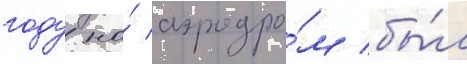
году на́ аэродро́м бы́л